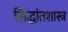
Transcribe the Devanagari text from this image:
सिद्धांतशास्त्र